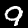
Digit: 9